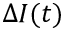
\Delta I ( t )